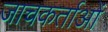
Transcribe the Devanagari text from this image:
जाचकर्ताओं